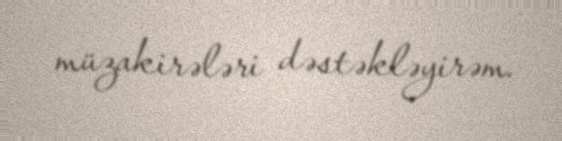
müzakirələri dəstəkləyirəm.